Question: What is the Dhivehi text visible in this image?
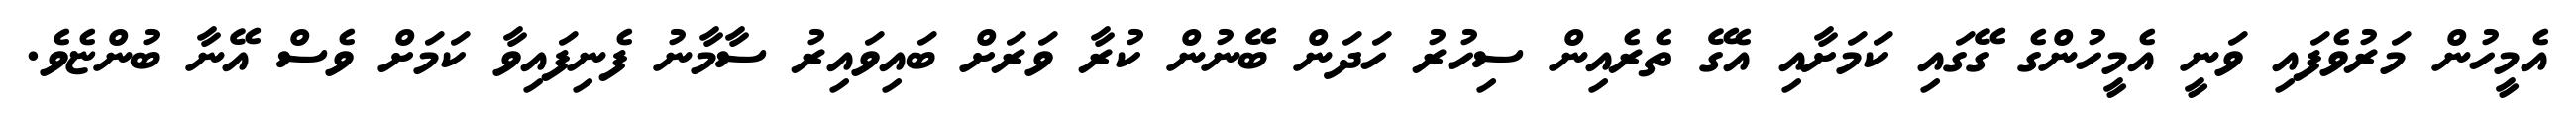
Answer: އެމީހުން މަރުވެފައި ވަނީ އެމީހުންގެ ގޭގައި ކަމަށާއި އެގޭ ތެރެއިން ސިހުރު ހަދަން ބޭނުން ކުރާ ވަރަށް ބައިވައިރު ސާމާނު ފެނިފައިވާ ކަމަށް ވެސް އޭނާ ބުންޏެވެ.